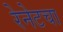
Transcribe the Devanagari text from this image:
रेनेटचा